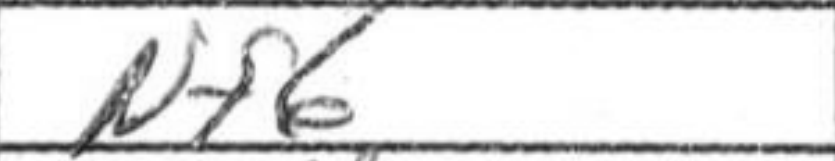
Transcription: Nf6